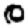
Digit: 0